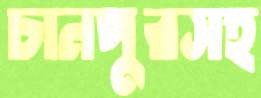
চানপুরসহ